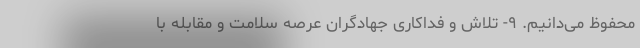
محفوظ می‌دانیم. ۹- تلاش و فداکاری جهادگران عرصه سلامت و مقابله با